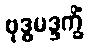
ဗုဒ္ဓမဒ္ဒက္ခိံ